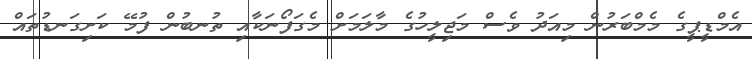
އެމްޑީޕީގެ މެމްބަރުން މިއަދު ވެސް މަޖިލީހުގެ މާލަމަށް މެގަފޯނަކާއި ތުނބުން ފުމޭ ކަށިގަނޑުތައް